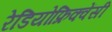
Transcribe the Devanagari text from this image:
रेडियोफ्रिक्वेंसी